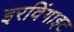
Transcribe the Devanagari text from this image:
इरविंगाइट